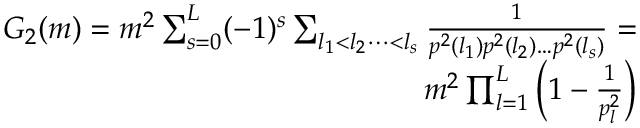
\begin{array} { r l r } & { } & { G _ { 2 } ( m ) = m ^ { 2 } \sum _ { s = 0 } ^ { L } ( - 1 ) ^ { s } \sum _ { l _ { 1 } < l _ { 2 } \dots < l _ { s } } \frac { 1 } { p ^ { 2 } ( l _ { 1 } ) p ^ { 2 } ( l _ { 2 } ) \dots p ^ { 2 } ( l _ { s } ) } = } \\ & { } & { m ^ { 2 } \prod _ { l = 1 } ^ { L } \left( 1 - \frac { 1 } { p _ { l } ^ { 2 } } \right) } \end{array}